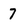
Character: 7